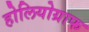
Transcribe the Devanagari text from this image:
होलियोग्राफ